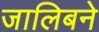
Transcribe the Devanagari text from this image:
जालिबने